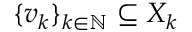
\{ v _ { k } \} _ { k \in \mathbb { N } } \subseteq X _ { k }